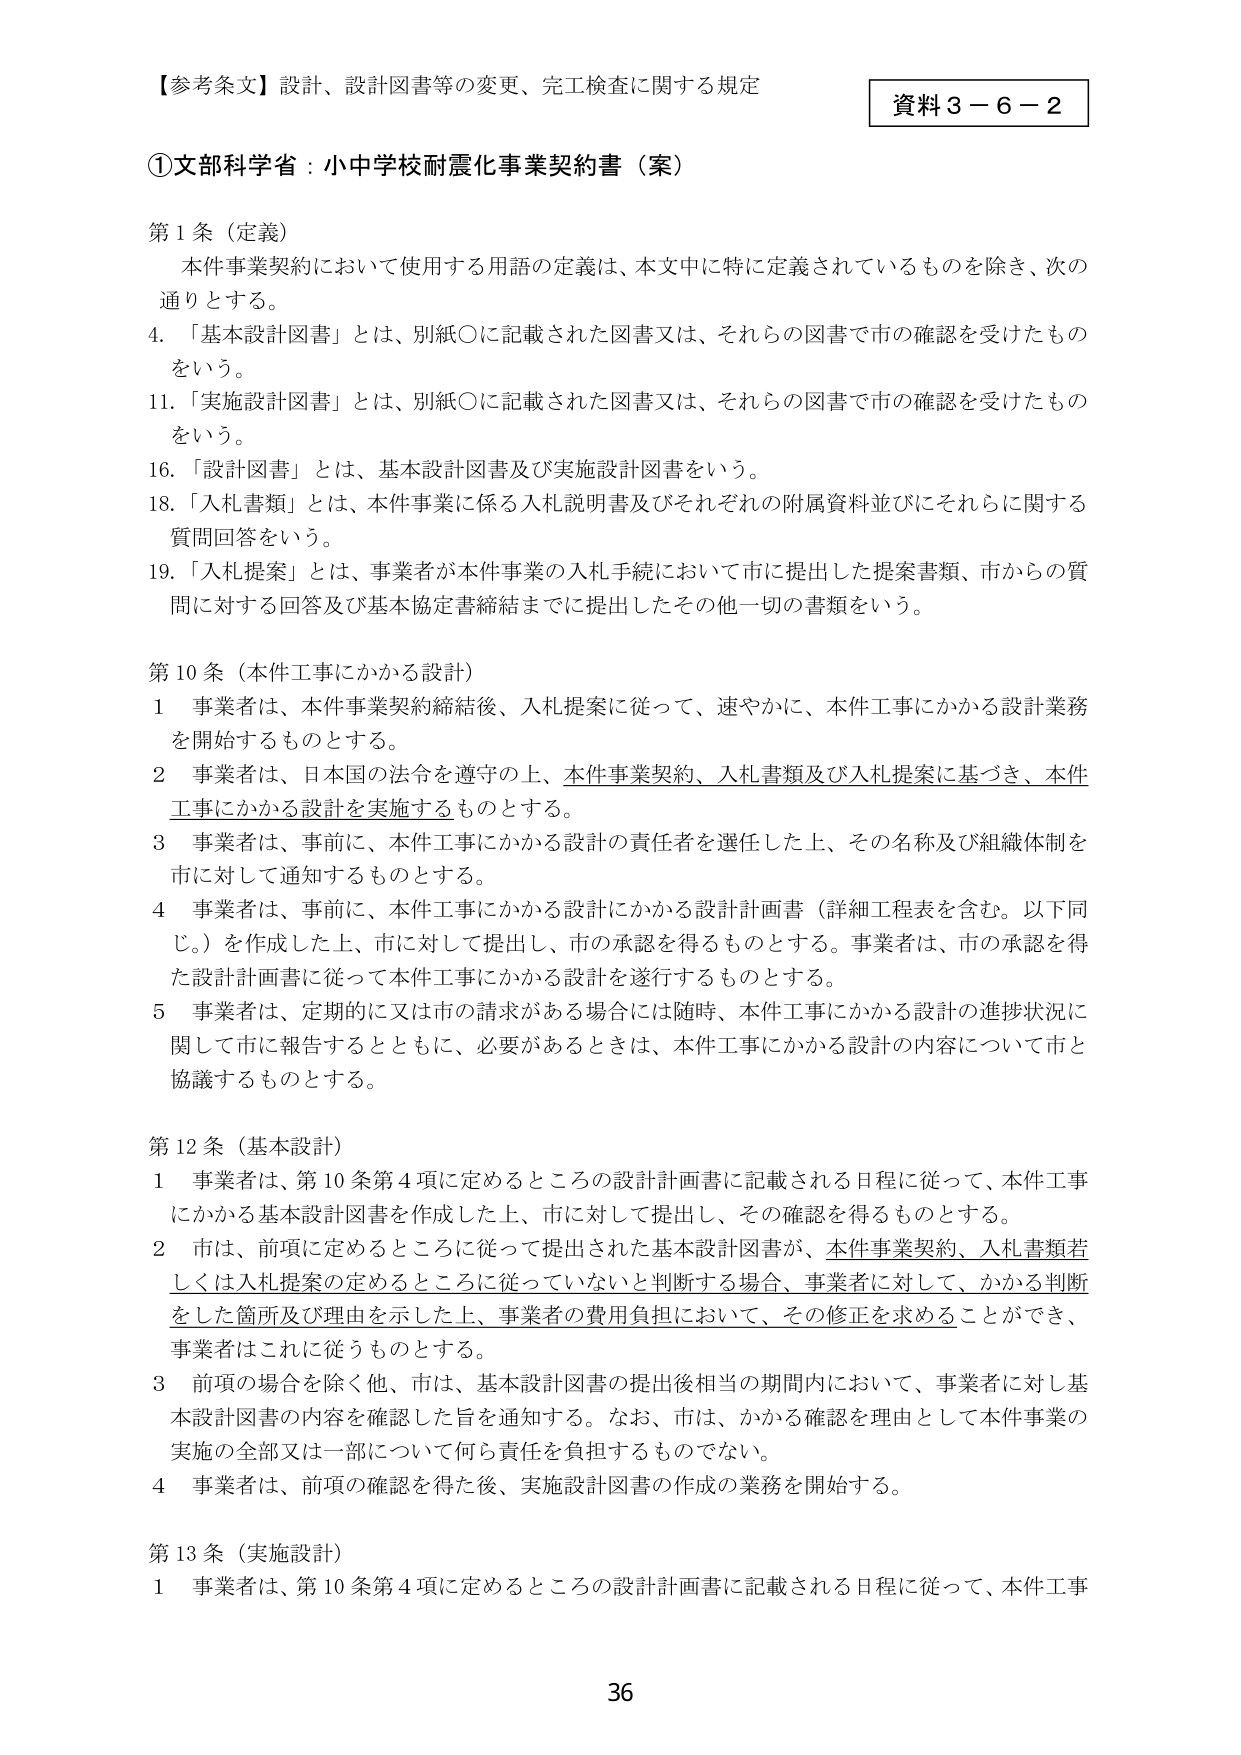
【参考条文】設計、設計図書等の変更、完工検査に関する規定

資料３－６－２

①文部科学省：小中学校耐震化事業契約書（案）

第１条（定義）

　本件事業契約において使用する用語の定義は、本文中に特に定義されているものを除き、次の通りとする。

４．「基本設計図書」とは、別紙〇に記載された図書又は、それらの図書で市の確認を受けたものをいう。

11．「実施設計図書」とは、別紙〇に記載された図書又は、それらの図書で市の確認を受けたものをいう。

16．「設計図書」とは、基本設計図書及び実施設計図書をいう。

18．「入札書類」とは、本件事業に係る入札説明書及びそれぞれの附属資料並びにそれらに関する質問回答をいう。

19．「入札提案」とは、事業者が本件事業の入札手続において市に提出した提案書類、市からの質問に対する回答及び基本協定書締結までに提出したその他一切の書類をいう。

第10条（本件工事にかかる設計）

　１　事業者は、本件事業契約締結後、入札提案に従って、速やかに、本件工事にかかる設計業務を開始するものとする。

　２　事業者は、日本国の法令を遵守の上、本件事業契約、入札書類及び入札提案に基づき、本件工事にかかる設計を実施するものとする。

　３　事業者は、事前に、本件工事にかかる設計の責任者を選任した上、その名称及び組織体制を市に対して通知するものとする。

　４　事業者は、事前に、本件工事にかかる設計にかかる設計計画書（詳細工程表を含む。以下同じ。）を作成した上、市に対して提出し、市の承認を得るものとする。事業者は、市の承認を得た設計計画書に従って本件工事にかかる設計を遂行するものとする。

　５　事業者は、定期的に又は市の請求がある場合には随時、本件工事にかかる設計の進捗状況に関して市に報告するとともに、必要があるときは、本件工事にかかる設計の内容について市と協議するものとする。

第12条（基本設計）

　１　事業者は、第10条第4項に定めるところの設計計画書に記載される日程に従って、本件工事にかかる基本設計図書を作成した上、市に対して提出し、その確認を得るものとする。

　２　市は、前項に定めるところに従って提出された基本設計図書が、本件事業契約、入札書類若しくは入札提案の定めるところに従っていないと判断する場合、事業者に対して、かかる判断をした箇所及び理由を示した上、事業者の費用負担において、その修正を求めることができ、事業者はこれに従うものとする。

　３　前項の場合を除く他、市は、基本設計図書の提出後相当の期間内において、事業者に対し基本設計図書の内容を確認した旨を通知する。なお、市は、かかる確認を理由として本件事業の実施の全部又は一部について何ら責任を負担するものでない。

　４　事業者は、前項の確認を得た後、実施設計図書の作成の業務を開始する。

第13条（実施設計）

　１　事業者は、第10条第4項に定めるところの設計計画書に記載される日程に従って、本件工事

36